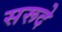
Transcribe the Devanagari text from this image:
सरूदे